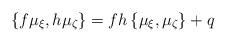
LaTeX: \begin{align*}\{f \mu_\xi, h \mu_\zeta\} = fh\, \{ \mu_\xi,\mu_\zeta \} + q\end{align*}